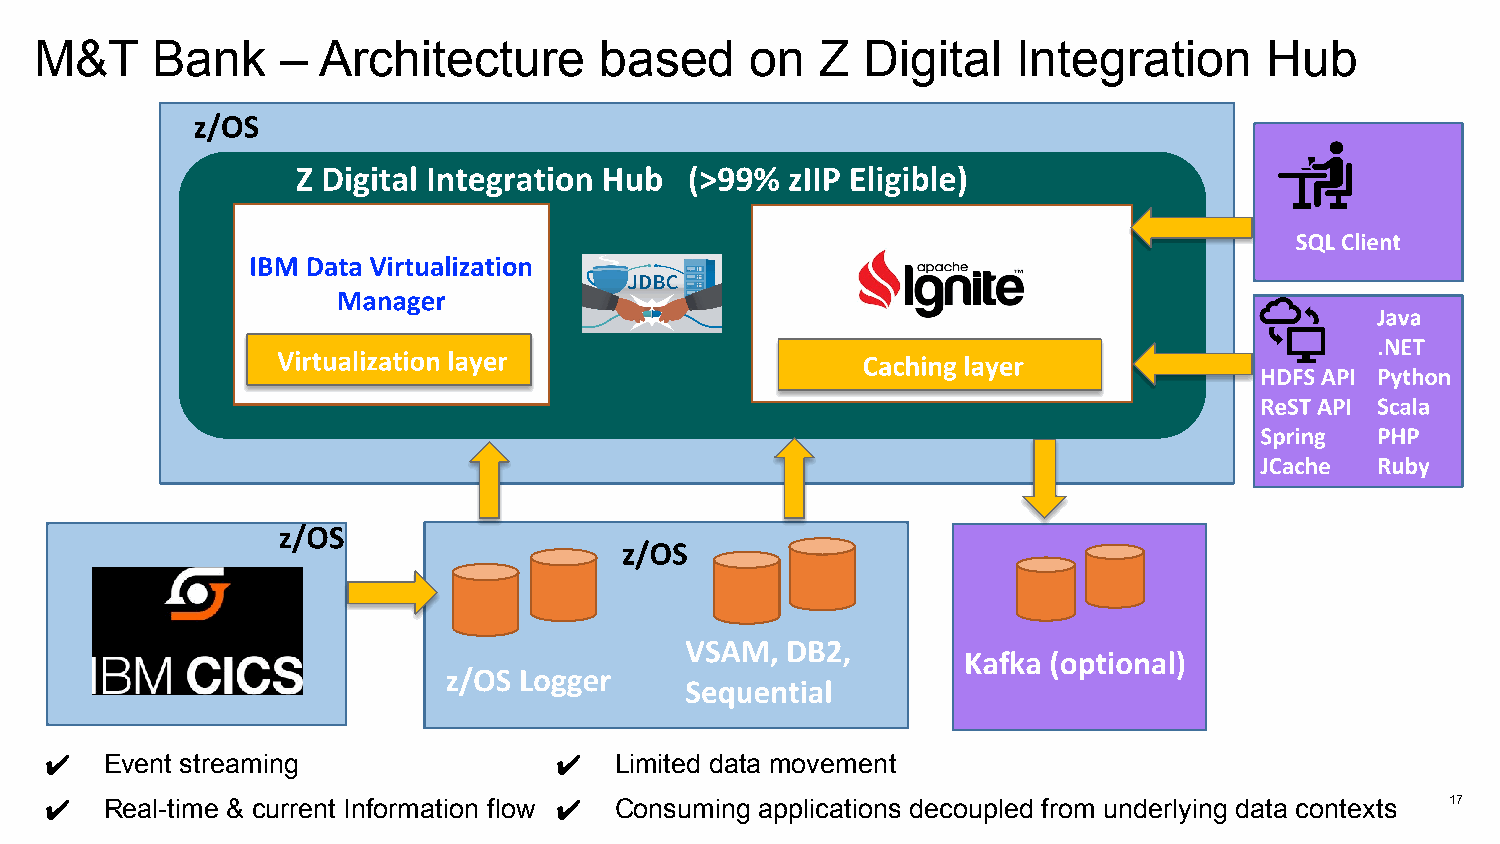
M&T     Bank     – Architecture       based     on  Z  Digital   Integration      Hub
 ✔   Event streaming               ✔   Limited data movement
 ✔   Real-time & current Information flow ✔ Consuming applications decoupled from underlying data contexts 17